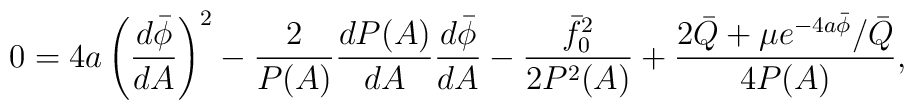
0=4a \left(\frac{d\bar{\phi}}{dA}\right)^2-\frac{2}{P(A)}\frac{dP(A)}{dA} \frac{d\bar{\phi}}{dA}-\frac{\bar{f}_0^2} {2P^2(A)}+\frac{2 \bar{Q} +\mu e^{-4a \bar{\phi}}/\bar{Q}}{4P(A)} ,